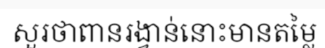
សួរថាពានរង្វាន់នោះមានតម្លៃ